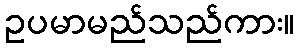
ဥပမာမည်သည်ကား။